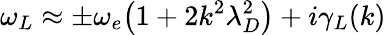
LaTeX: \omega_{L}\approx\pm\omega_{e}\big(1+2k^{2}\lambda_{D}^{2}\big)+i\gamma_{L}(k)